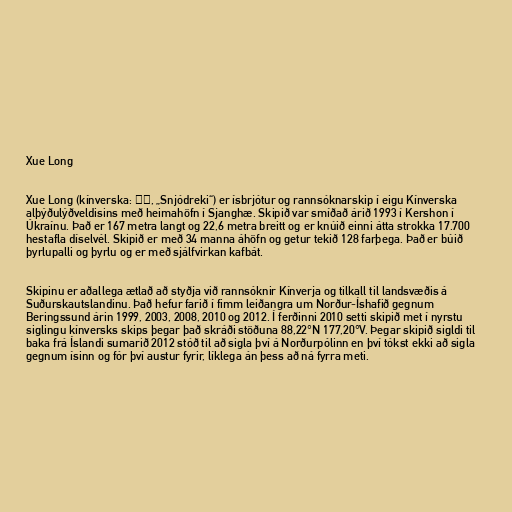
Xue Long

Xue Long (kínverska: 雪龙, „Snjódreki“) er ísbrjótur og rannsóknarskip í eigu Kínverska
alþýðulýðveldisins með heimahöfn í Sjanghæ. Skipið var smíðað árið 1993 í Kershon í
Úkraínu. Það er 167 metra langt og 22,6 metra breitt og er knúið einni átta strokka 17.700
hestafla díselvél. Skipið er með 34 manna áhöfn og getur tekið 128 farþega. Það er búið
þyrlupalli og þyrlu og er með sjálfvirkan kafbát.

Skipinu er aðallega ætlað að styðja við rannsóknir Kínverja og tilkall til landsvæðis á
Suðurskautslandinu. Það hefur farið í fimm leiðangra um Norður-Íshafið gegnum
Beringssund árin 1999, 2003, 2008, 2010 og 2012. Í ferðinni 2010 setti skipið met í nyrstu
siglingu kínversks skips þegar það skráði stöðuna 88,22°N 177,20°V. Þegar skipið sigldi til
baka frá Íslandi sumarið 2012 stóð til að sigla því á Norðurpólinn en því tókst ekki að sigla
gegnum ísinn og fór því austur fyrir, líklega án þess að ná fyrra meti.